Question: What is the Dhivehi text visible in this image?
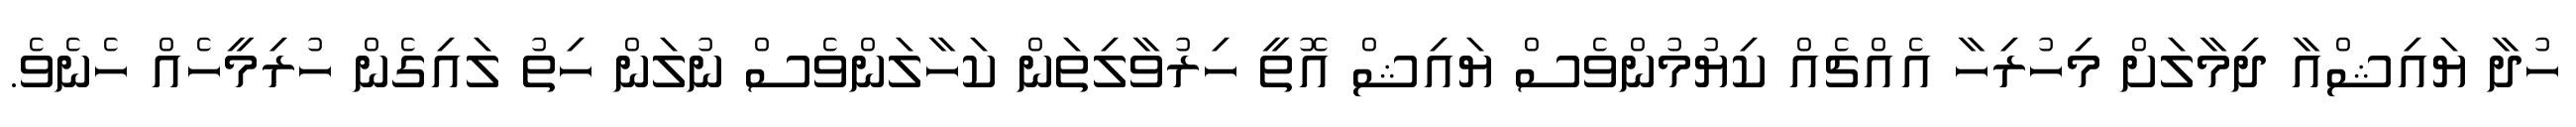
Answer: ހުދާ ޔައިޝްއާ ދިމާލަށް މިހުރިހާ އެއްޗެއް ކިޔުމުންވެސް ޔައިޝް އޮތީ ހިރުވާލިތަން ކަހާލަންވެސް ނުލަން ހިތު ލައިގެން ހުރިމީހެއް ހެނެވެ.